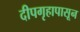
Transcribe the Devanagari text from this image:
दीपगृहापासून